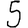
Digit: 5